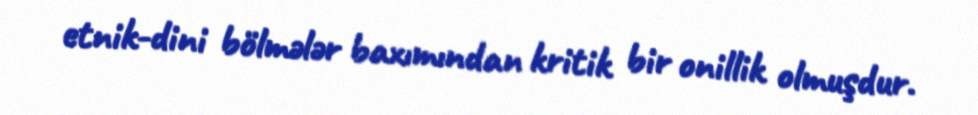
etnik-dini bölmələr baxımından kritik bir onillik olmuşdur.